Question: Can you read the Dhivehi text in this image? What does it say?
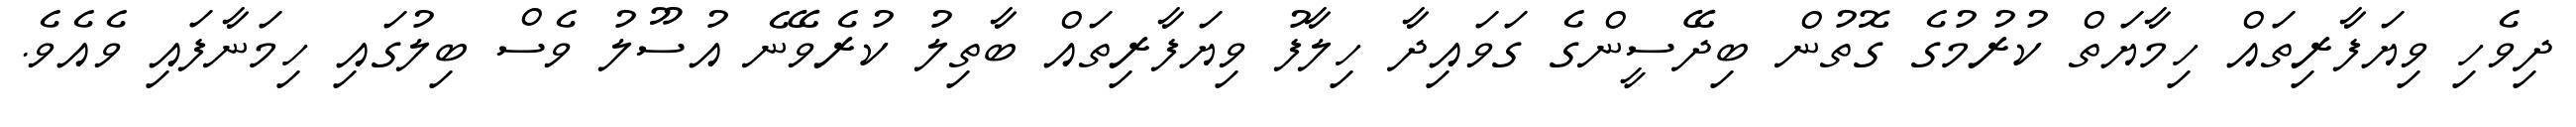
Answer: ދިވެހި ވިޔަފާރިތައް ހިމާޔަތް ކުރުމުގެ ގޮތުން ބިދޭސީންގެ ގަވައިދާ ހިލާފު ވިޔަފާރިތައް ބާތިލު ކުރެވޭނެ އުސޫލު ވެސް ބިލުގައި ހިމަނާފައި ވެއެވެ.